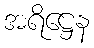
အရိဋ္ဌေန